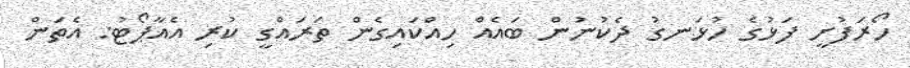
ހޯރަފުށީ ފަޅުގެ ހުޅަނގު ދެކުނުން ބައެއް ހިއްކައިގެން ތަރައްގީ ކުރި އެއާޕޯޓު: އެތަން